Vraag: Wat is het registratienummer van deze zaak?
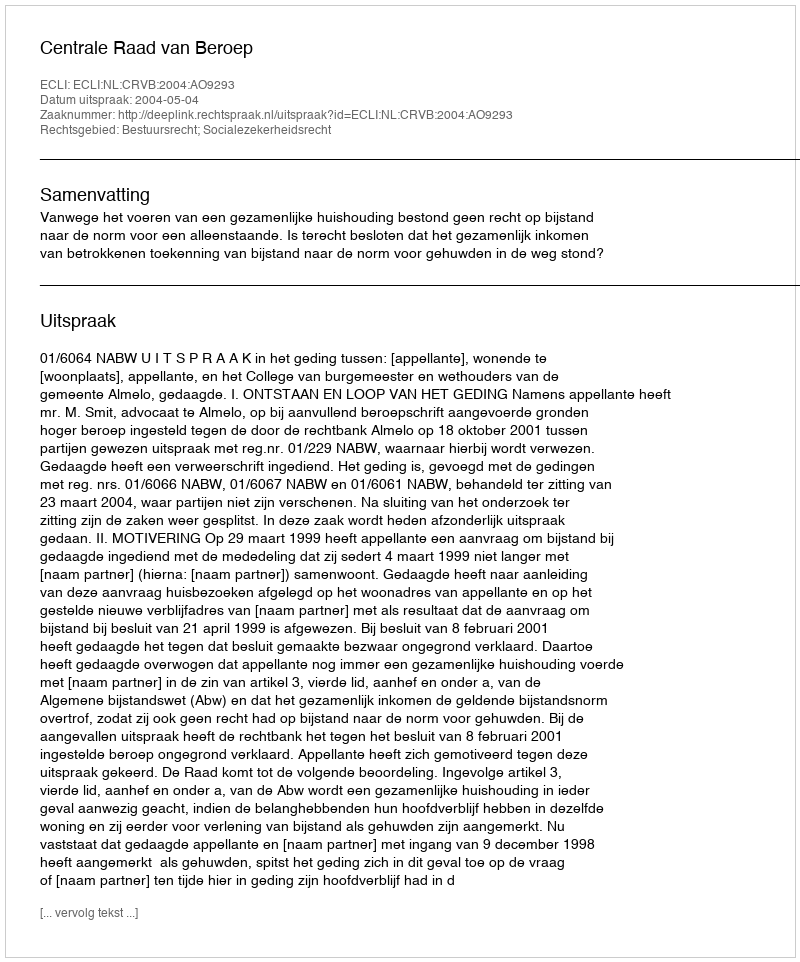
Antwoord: http://deeplink.rechtspraak.nl/uitspraak?id=ECLI:NL:CRVB:2004:AO9293